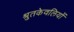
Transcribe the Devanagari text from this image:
श्रुतकेवलियों